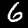
Digit: 6